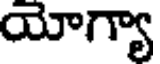
యోగ్యా